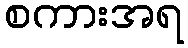
စကားအရ